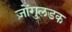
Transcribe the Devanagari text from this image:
ज़ोंगुलडक